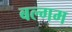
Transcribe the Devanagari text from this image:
बल्गम